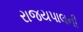
રાજયપાલની